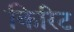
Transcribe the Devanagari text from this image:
किरिट